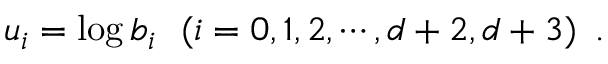
u _ { i } = \log b _ { i } \, \, \, \, ( i = 0 , 1 , 2 , \cdots , { d + 2 } , { d + 3 } ) \, \, \, .